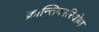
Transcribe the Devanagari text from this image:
क्रान्तिकारियोण